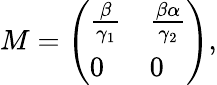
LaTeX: M=\left(\begin{array}{ll}{\frac{\beta}{\gamma_{1}}}&{\frac{\beta\alpha}{\gamma_{2}}}\\ {0}&{0}\end{array}\right),